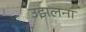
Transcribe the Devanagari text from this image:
उझलना